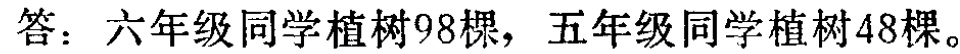
答：六年级同学植树98棵，五年级同学植树48棵。